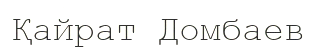
Қайрат Домбаев